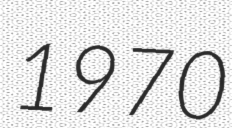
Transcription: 1970